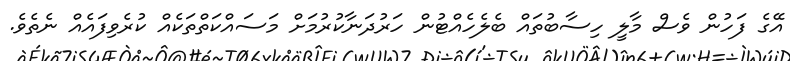
އޭގެ ފަހުން ވެސް މާލީ ހިސާބުތައް ބެލެހެއްޓުން ހަރުދަނާކުރުމަށް މަސައްކަތްތަކެއް ކުރެވިފައެއް ނެތެވެ.